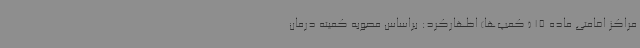
مراکز اقامتی ماده 15 ( کمپ‌ها) اظهارکرد: براساس مصوبه کمیته درمان